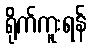
ရိုက်ကူးရန်